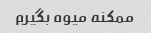
ممکنه میوه بگیرم